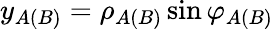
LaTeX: y_{A(B)}=\rho_{A(B)}\sin\varphi_{A(B)}